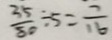
\frac { 3 5 } { 8 0 } \div 5 = \frac { 7 } { 1 6 }